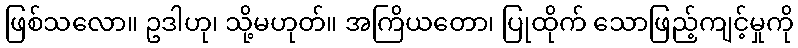
ဖြစ်သလော။ ဥဒါဟု၊ သို့မဟုတ်။ အကြိယတော၊ ပြုထိုက် သောဖြည့်ကျင့်မှုကို